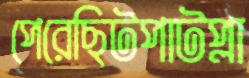
পেরেছিটপাটপ্‌লা